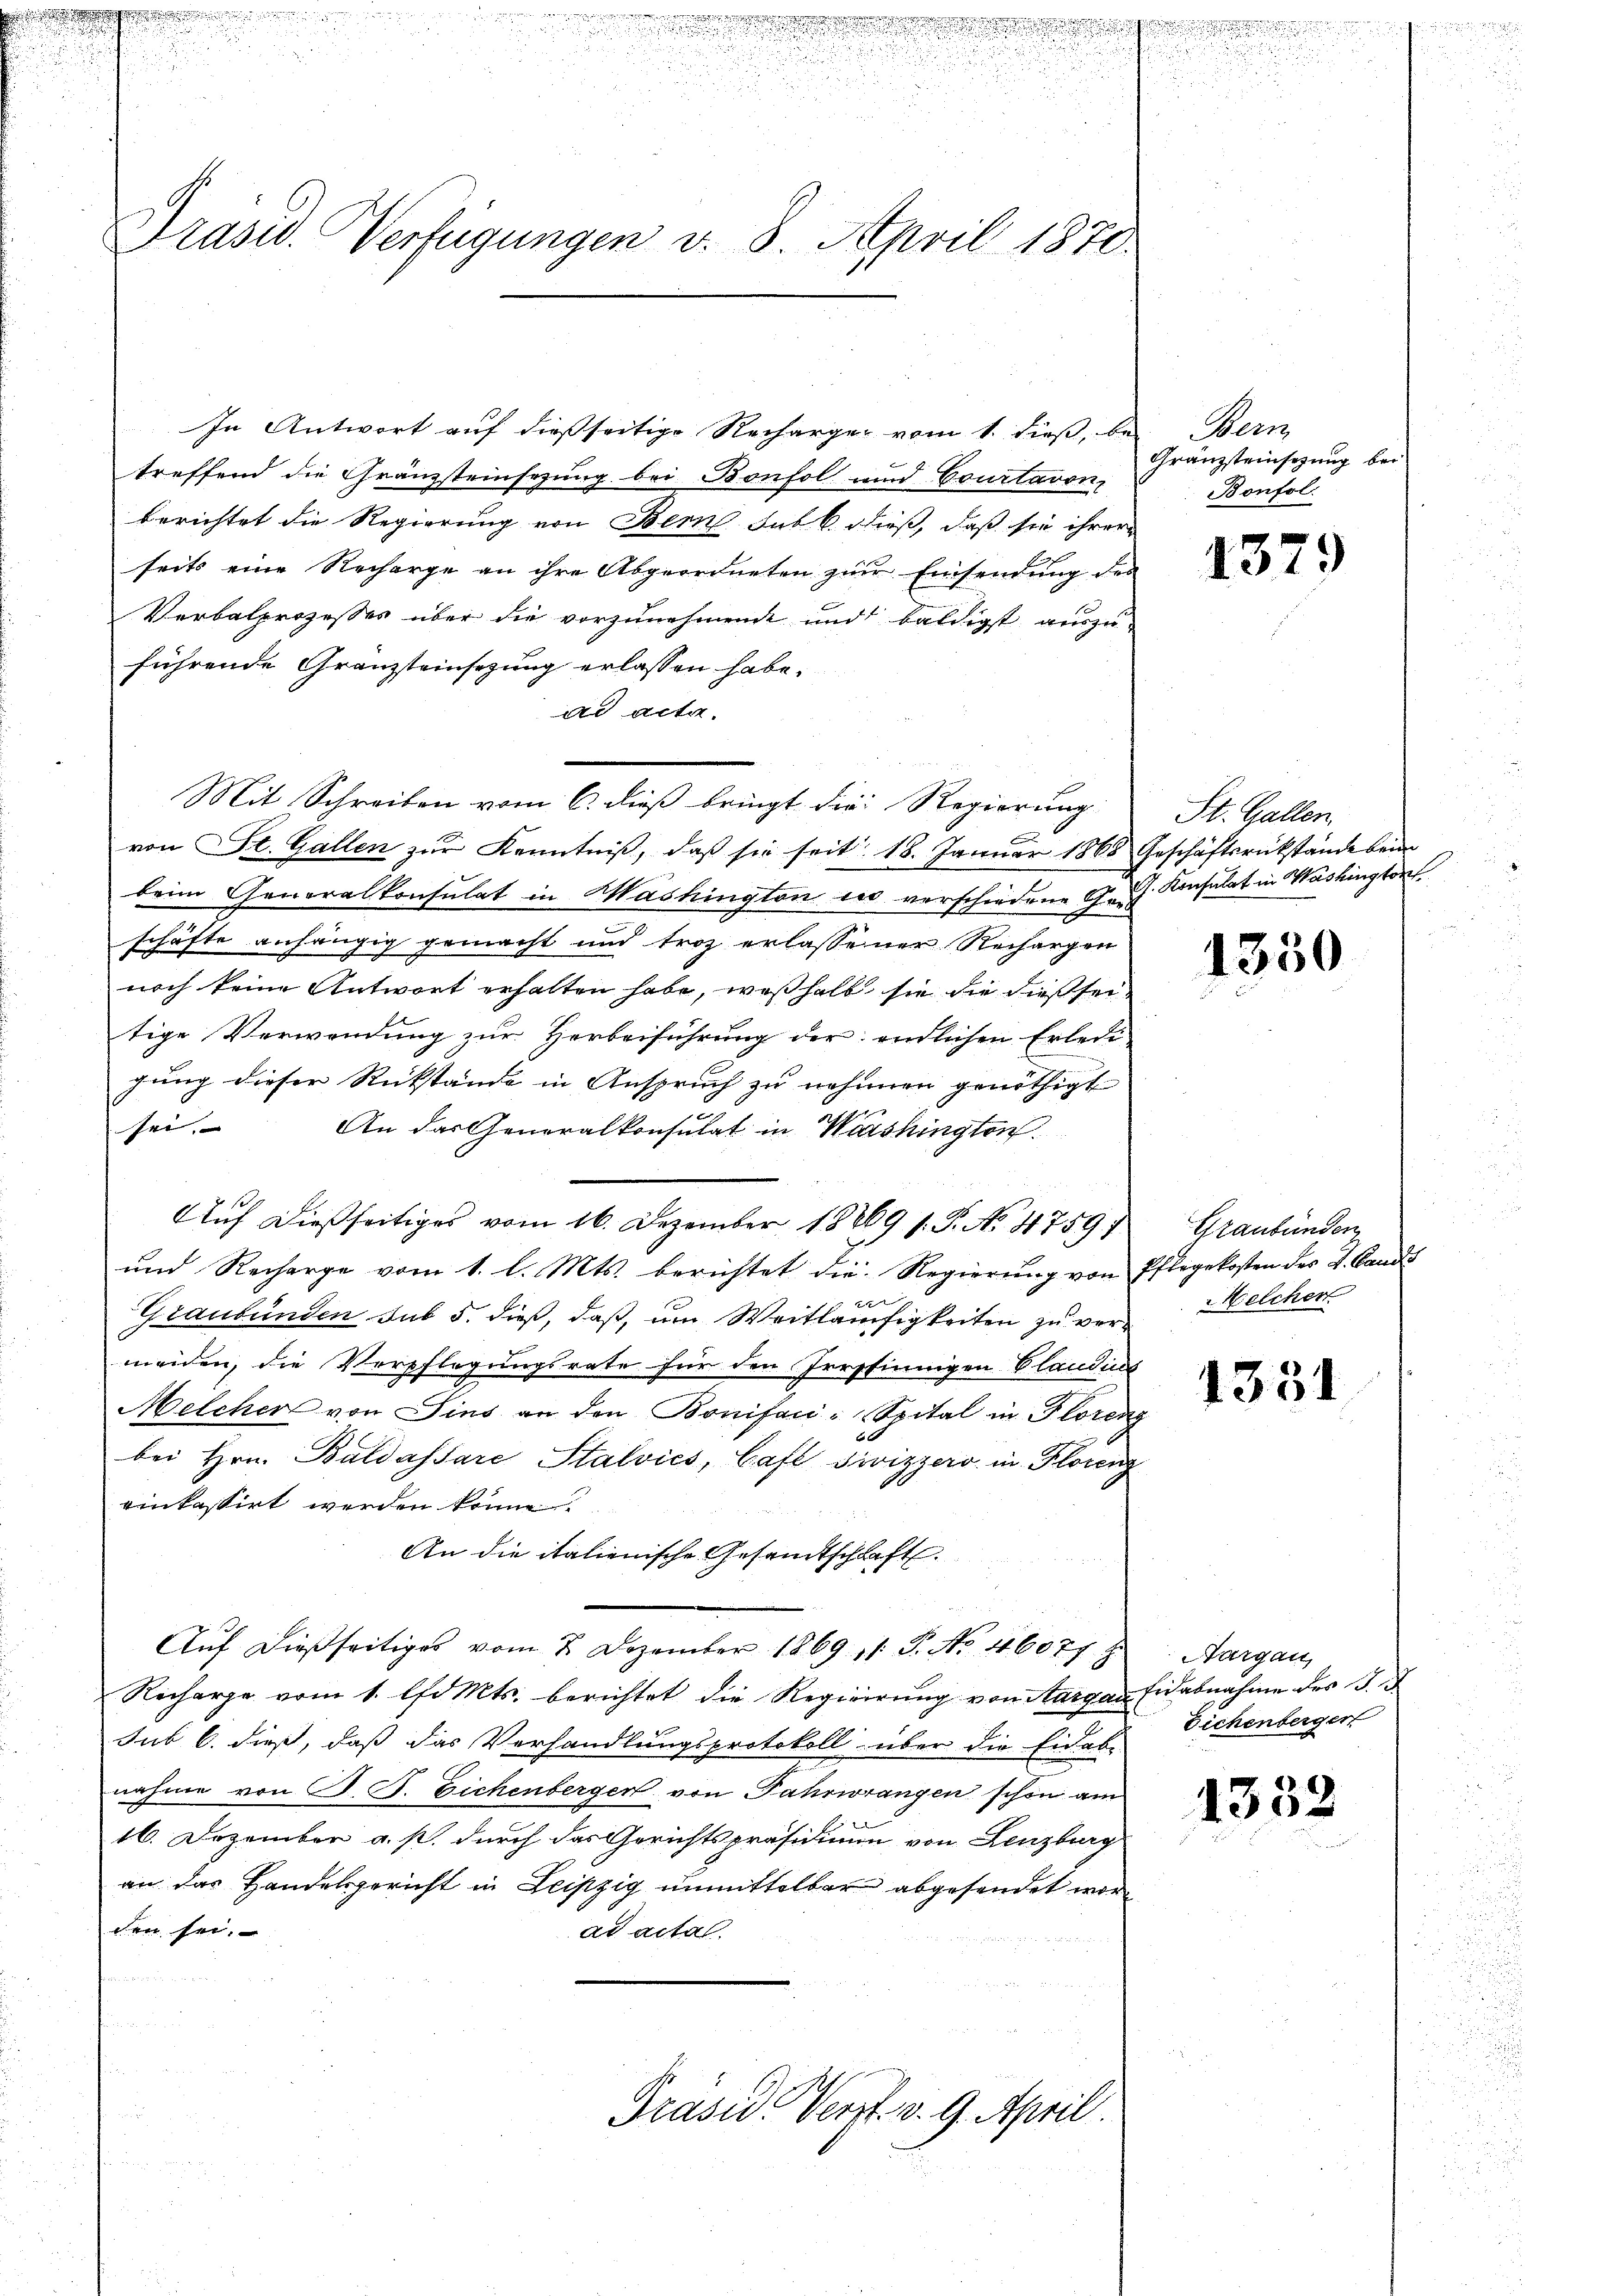
u

d                                      Du!!!!!!!!!!!!!!!
 des worden

u
n

.2. 125

a
u
.
.

.
Präsid. Verfügungen v. 8. April 1870.

u
.

In Antwort auf dießseitige Recharger vom 1. dieß, bei Bern
treffend die Gränzsteinsezung bei Bonfol und Courtavon,
berichtet die Regierung von Bern hat l. dieß, daß sie ihrer
seits eine Recharge an ihre Abgeordneten zur Einsendung des
Verbalprozesses über die vorzunehmende und baldigst auszu-
führende Granzsteinsezung erlassen habe.
ad acta.
von St. Gallen zur Kenntniß, daß sie seit 18. Januar 1868
beim Generalkonsulat in Washington es verschiedene G. Konsulat in Washington
schäfte anhängig gemacht und troz erlassener Rechargen
noch keine Antwort erhalten habe, weßhalb sie die dießseitige Verwendung zur Herbeiführung der endlichen Erledi-
gung dieser Rückstände in Anspruch zu nehmen genöthigt
sei.
An das Generalkonsulat in Washington
Auf dießseitiges vom 16. Dezember 18869 s. S. No. 4759)
und Recharge vom 1. l. Mts. berichtet die Regierung von
Graubünden sub 5. dieß, daß, um Weitläufigkeiten zu vermeiden, die Verpflegungsrate für den Irrsfinnigen Claudins
Melcher von Sies an den Bonifaci-Spital in Florene
bei Hrn. Baldassare Stalvics, Café Sivizzero in Florenz
einkassirt werden könne?
An die italienische Gesandtschaft.
Auf dießseitiges vom 2. Dezember 1869 11 S. No. 46077
Recharge vom 1. l. Mts. berichtet die Regierung von Aargau
sub b. dieß, daß das Verhandlungsprotokoll über die Eidab-
nahme von G. P. Eichenberger von Fahrwrangen schon am
16. Dezember a. p. durch das Gerichtspräsidium von Lenzburg
an das Handelsgericht in Leipzig unmittelbar abgesendet worden sei.
ad acta.
Präsid. Verst v. 9. April.

Mit Schreiben vom 6. dieß bringt die Regierung

Gränzsteinsezung bei
Bonfol

1379

St. Gallen.
Geschäftsrückstände beim

1350

Graubünden
Pflegekosten des L. Candis
Melcher

4331

Nargau,
Eicabnahme des d. d.
Sichenberger

d

e

1332